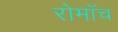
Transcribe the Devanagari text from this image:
रोमाँच